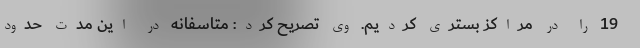
19 را در مراکز بستری کردیم. وی تصریح کرد: متاسفانه در این مدت حدود